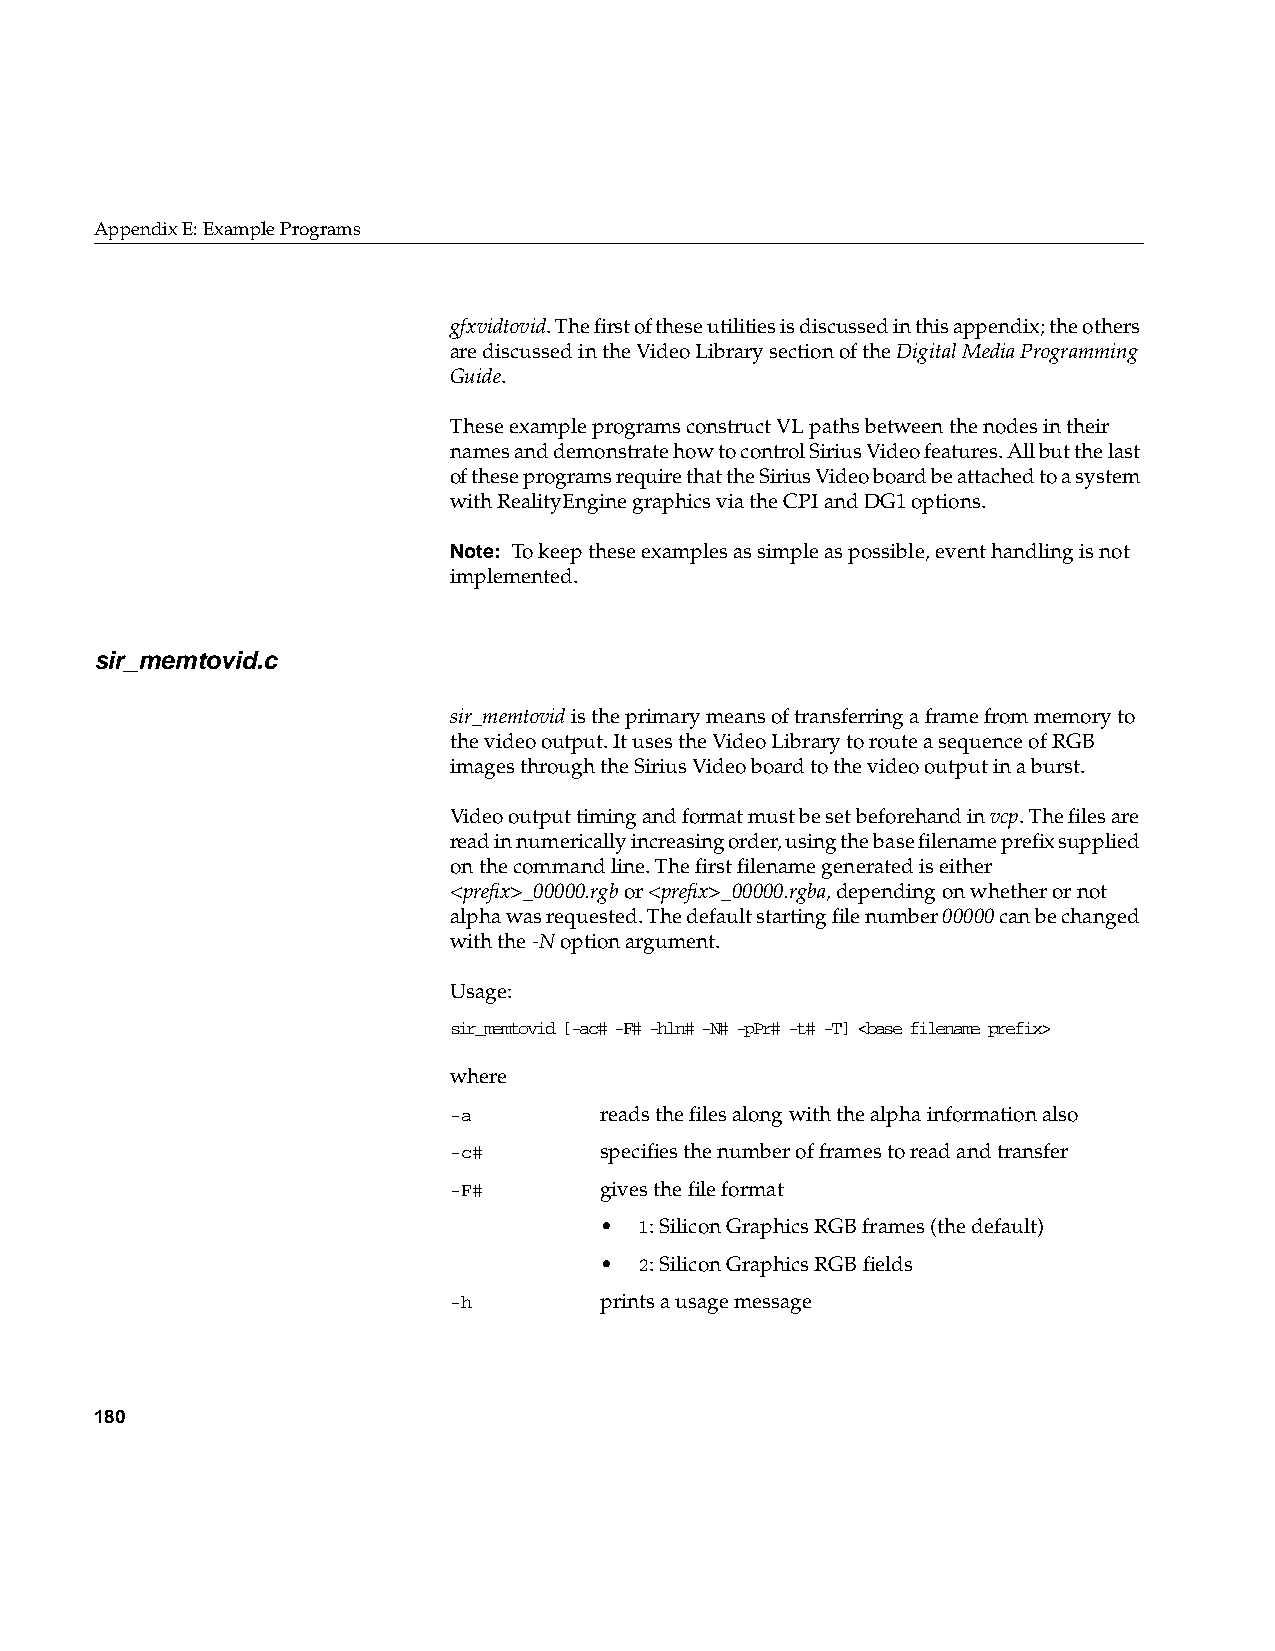
AppendixE: Example Programs
 gfxvidtovid. The first of these utilities is discussed in this appendix; the others
 are discussed in the Video Library section of theDigital Media Programming
 Guide.
 These example programs construct VL paths between the nodes in their
 names and demonstrate how to control Sirius Video features. All but the last
 of these programs require that the Sirius Video board be attached to a system
 with RealityEngine graphics via the CPI and DG1 options.
 Note: To keep these examples as simple as possible, event handling is not
 implemented.
 sir_memtovid.c
 sir_memtovid is the primary means of transferring a frame from memory to
 the video output. It uses the Video Library to route a sequence of RGB
 images through the Sirius Video board to the video output in a burst.
 Video output timing and format must be set beforehand invcp. The files are
 read in numerically increasing order, using the base filename prefix supplied
 on the command line. The first filename generated is either
 <prefix>_00000.rgb or<prefix>_00000.rgba, depending on whether or not
 alpha was requested. The default starting file number00000 can be changed
 with the-N option argument.
 Usage:
 sir_memtovid [-ac# -F# -hln# -N# -pPr# -t# -T] <base filename prefix>
 where
 -a        reads the files along with the alpha information also
 -c#       specifies the number of frames to read and transfer
 -F#       gives the file format
 • 1: Silicon Graphics RGB frames (the default)
 • 2: Silicon Graphics RGB fields
 -h        prints a usage message
 180